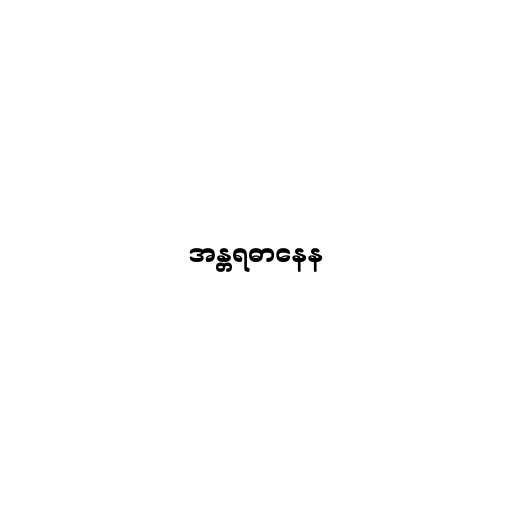
အန္တရဓာနေန